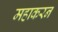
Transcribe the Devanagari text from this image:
महाकरन